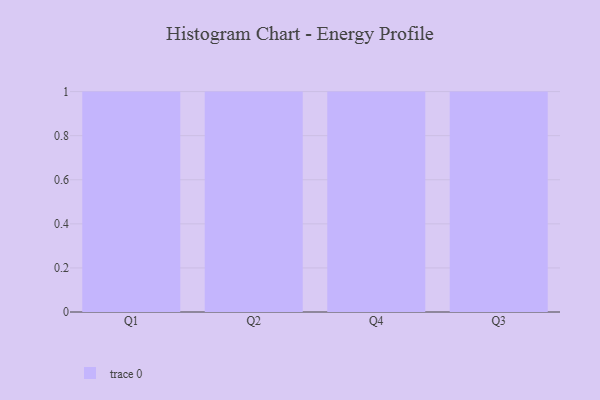
{"axis": {"x": "Quarter", "y": "Budget (USD K)"}, "legend": [""], "data": [{"x": "Q1", "y": 68, "type": ""}, {"x": "Q2", "y": 90, "type": ""}, {"x": "Q4", "y": 34, "type": ""}, {"x": "Q3", "y": 78, "type": ""}]}